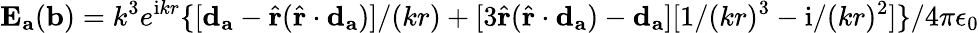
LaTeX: \mathbf{E}_{\mathbf{a}}(\mathbf{b})=k^{3}e^{\mathrm{i}kr}\{ [\mathbf{d}_{\mathbf{a}}-\hat{\mathbf{r}}(\hat{\mathbf{r}}\cdot\mathbf{d}_{\mathbf{a}})]/(kr)+[3\hat{\mathbf{r}}(\hat{\mathbf{r}}\cdot\mathbf{d}_{\mathbf{a}})-\mathbf{d}_{\mathbf{a}}][1/(kr)^{3}-\mathrm{i}/(kr)^{2}]\} /4\pi\epsilon_{0}